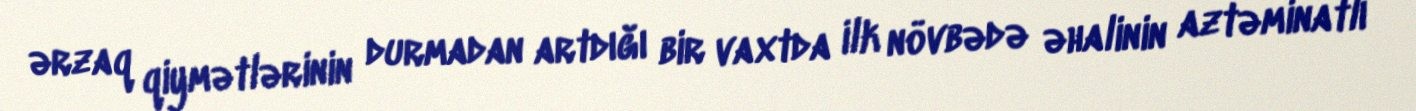
ərzaq qiymətlərinin durmadan artdığı bir vaxtda ilk növbədə əhalinin aztəminatlı